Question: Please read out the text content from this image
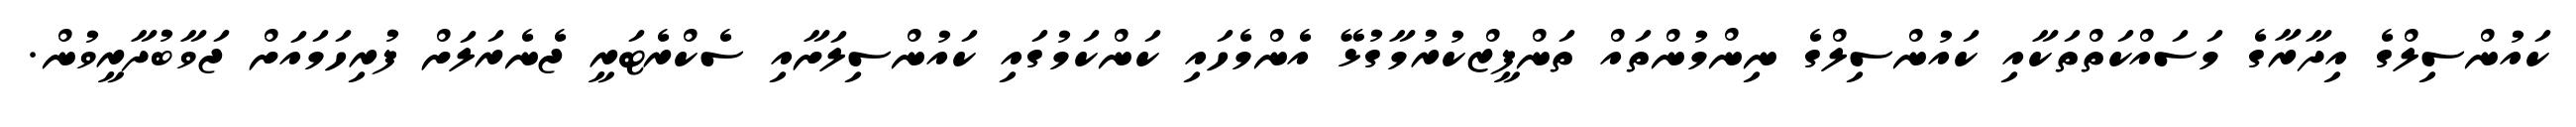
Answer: ކައުންސިލްގެ އިދާރާގެ މަސައްކަތްތަކާއި ކައުންސިލްގެ ނިންމުންތައް ތަންފީޒްކުރުމާގުޅޭ އެންމެހައި ކަންކަމުގައި ކައުންސިލަށާއި ސެކްރެޓަރީ ޖެނެރަލަށް ފުރިހަމައަށް ޖަވާބުދާރީވުން.